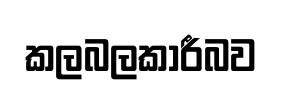
කලබලකාරීබව